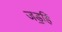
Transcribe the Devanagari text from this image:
जड॒हिं